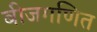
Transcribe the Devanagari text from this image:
बीजगणित